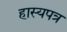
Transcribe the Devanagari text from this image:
हास्यपत्र